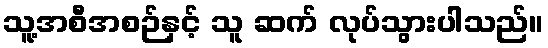
သူ့အစီအစဉ်နှင့် သူ ဆက် လုပ်သွားပါသည်။